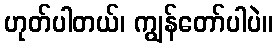
ဟုတ်ပါတယ်၊ ကျွန်တော်ပါပဲ။